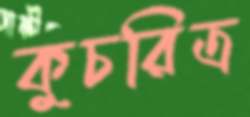
কুচরিত্র